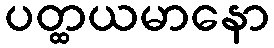
ပတ္ထယမာနော